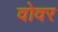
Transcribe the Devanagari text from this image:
वोवर